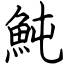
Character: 魨